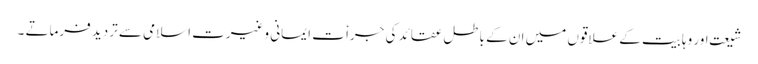
شیعت اور وہابیت کے علاقوں میں ان کے باطل عقائد کی جراٗ ت ایمانی وغیرت اسلامی سے تردید فرماتے ۔